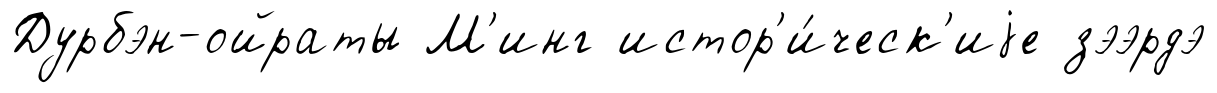
Дурбэн-ойраты М'инг истор'и́ческ'иjе зээрдэ